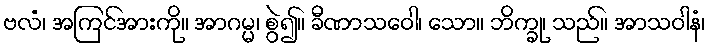
ဗလံ၊ အကြင်အားကို။ အာဂမ္မ၊ စွဲ၍။ ခီဏာသဝေါ၊ သော။ ဘိက္ခု၊ သည်။ အာသဝါနံ၊